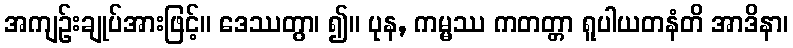
အကျဉ်းချုပ်အားဖြင့်။ ဒေဿတွာ၊ ၍။ ပုန, ကမ္မဿ ကတတ္တာ ရူပါယတနံတိ အာဒိနာ၊